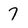
Character: 7